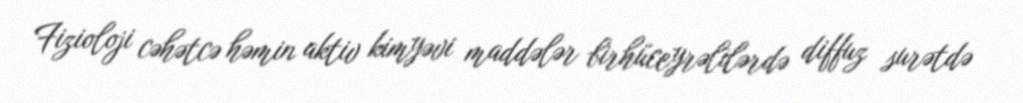
Fizioloji cəhətcə həmin aktiv kimyəvi maddələr birhüceyrəlilərdə diffuz surətdə